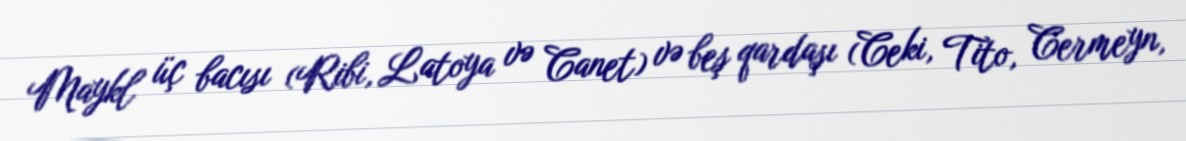
Maykl üç bacısı (Ribi, Latoya və Canet) və beş qardaşı (Ceki, Tito, Cermeyn,